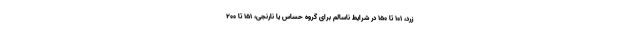
زرد، ۱۰۱ تا ۱۵۰ در شرایط ناسالم برای گروه حساس یا نارنجی، ۱۵۱ تا ۲۰۰